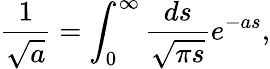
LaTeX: \frac{1}{\sqrt{a}}=\int_{0}^{\infty}\frac{ds}{\sqrt{\pi s}}e^{-as},